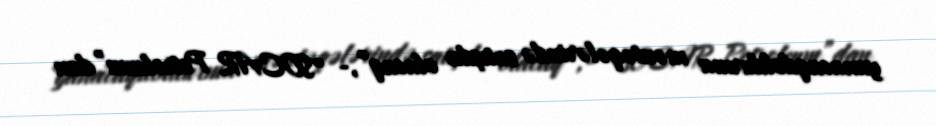
yanacaqdoldurma məntəqələrində satışda olacaq”,- "SOCAR Petroleum”dan